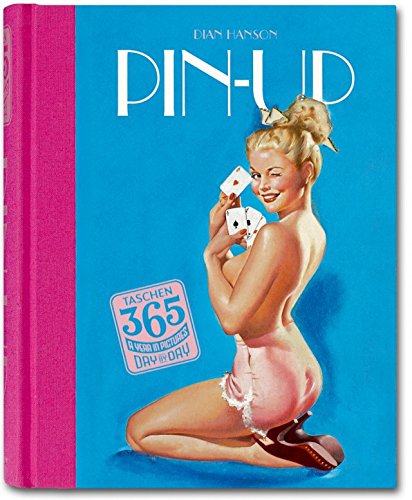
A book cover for TASCHEN 365 Day-by-Day: Pin-Up; TASCHEN; Arts & Photography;